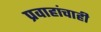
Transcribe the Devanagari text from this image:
प्रवाहांचाही